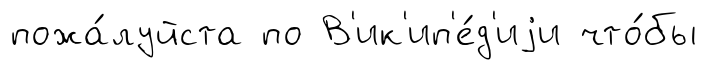
пожа́луйста по В'ик'ип'е́д'иjи что́бы